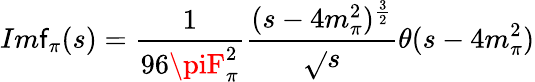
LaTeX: Im\mathsf{f}_{\pi}(s)={\frac{{1}}{{96\piF_{\pi}^{2}}}}{\frac{{(s-4m_{\pi}^{2})^{\frac{{3}}{{2}}}}}{{\sqrt{}{{s}}}}}\theta(s-4m_{\pi}^{2})